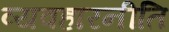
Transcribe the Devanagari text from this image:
व्यवहारनीति